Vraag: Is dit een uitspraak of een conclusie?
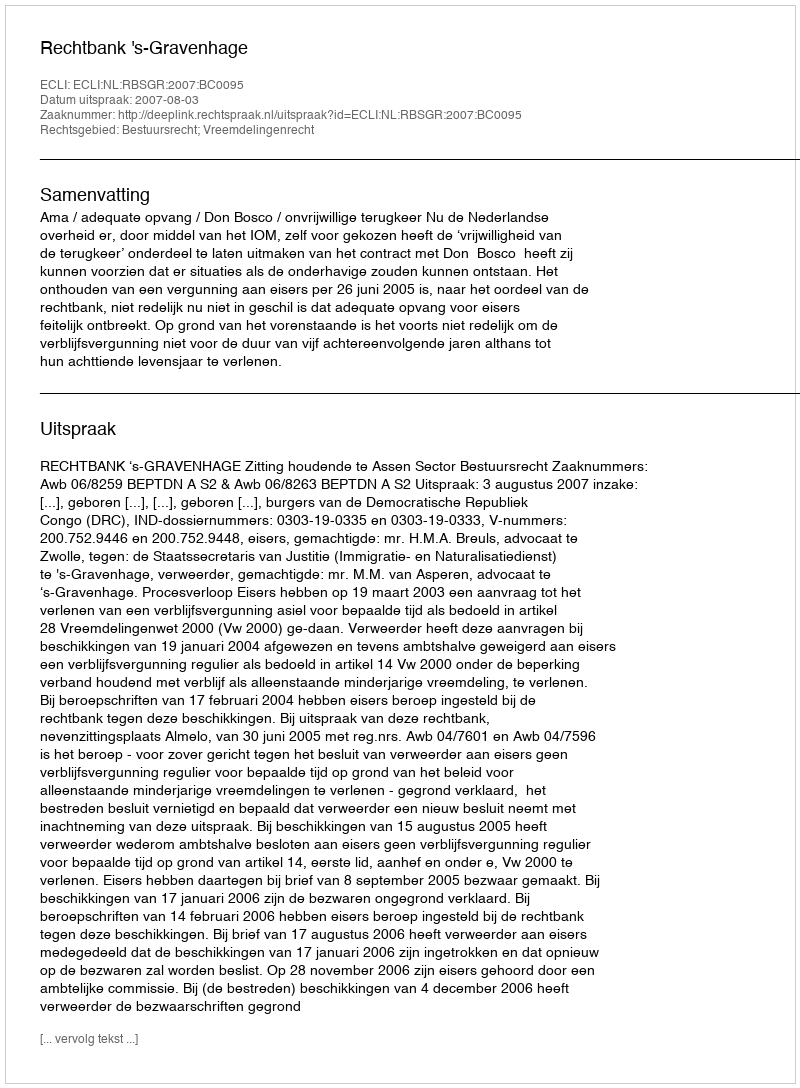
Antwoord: Uitspraak